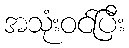
အသုံးဝင်ပြီး